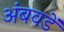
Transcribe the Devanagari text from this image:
अंबवडें